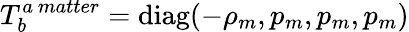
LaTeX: T_{b}^{a\ matter}=\mathrm{diag}(-\rho_{m},p_{m},p_{m},p_{m})